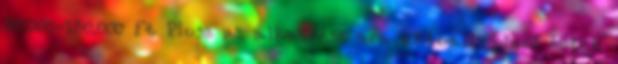
50.000-130.000 Ft Plusz az alkatrész ára aktuális piaci érték